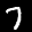
Label: 7